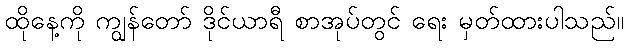
ထိုနေ့ကို ကျွန်တော် ဒိုင်ယာရီ စာအုပ်တွင် ရေး မှတ်ထားပါသည်။